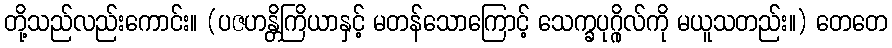
တို့သည်လည်းကောင်း။ (ပဇဟန္တိကြိယာနှင့် မတန်သောကြောင့် သေက္ခပုဂ္ဂိုလ်ကို မယူသတည်း။) တေတေ